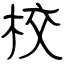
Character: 校